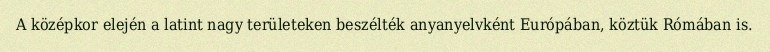
A középkor elején a latint nagy területeken beszélték anyanyelvként Európában, köztük Rómában is.